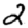
Digit: 2